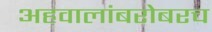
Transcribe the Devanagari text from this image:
अहवालांबरोबरच